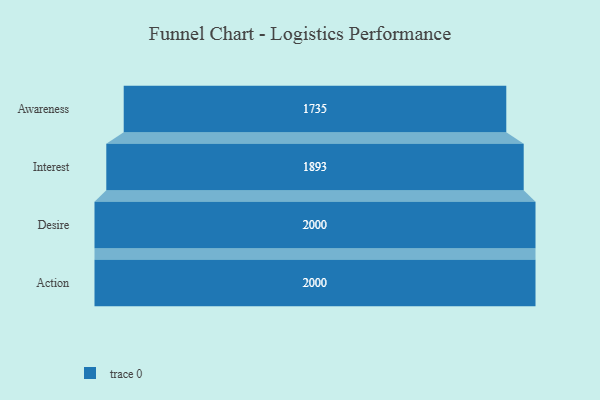
{"axis": {"x": "Stage", "y": "Value"}, "legend": [""], "data": [{"x": "Awareness", "y": 1735.0, "type": ""}, {"x": "Interest", "y": 1893.0, "type": ""}, {"x": "Desire", "y": 2000, "type": ""}, {"x": "Action", "y": 2000, "type": ""}]}